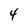
Character: 4